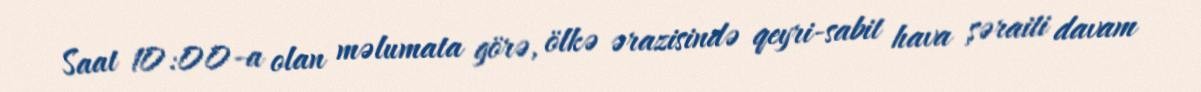
Saat 10:00-a olan məlumata görə, ölkə ərazisində qeyri-sabit hava şəraiti davam